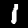
Label: 1